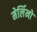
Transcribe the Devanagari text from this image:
मेर्लिनो